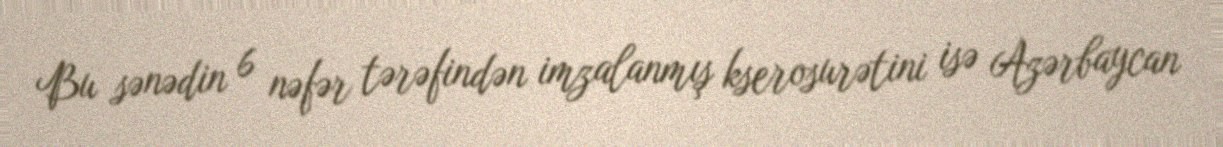
Bu sənədin 6 nəfər tərəfindən imzalanmış kserosurətini isə Azərbaycan